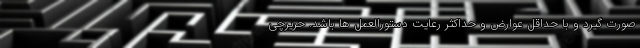
صورت گیرد و با حداقل عوارض و حداکثر رعایت دستورالعمل ها باشد. حریرچی